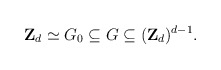
\begin{align*}{\bf Z}_d\simeq G_0\subseteq G \subseteq ({\bf Z}_d)^{d-1}.\end{align*}